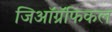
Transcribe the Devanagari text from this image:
जिऑग्रॅफिकल